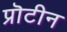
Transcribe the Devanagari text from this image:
प्रॊटीन